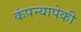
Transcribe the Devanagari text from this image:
कंपन्यापेकी